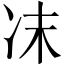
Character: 𠖾